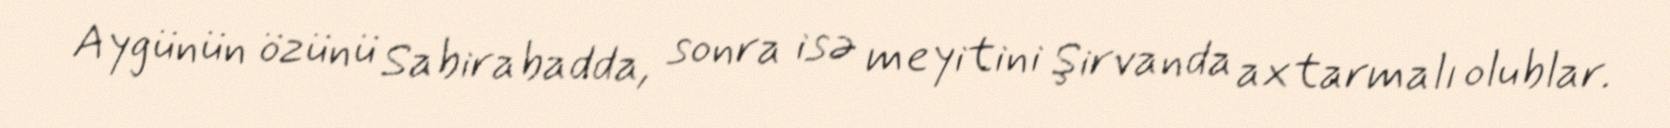
Aygünün özünü Sabirabadda, sonra isə meyitini Şirvanda axtarmalı olublar.